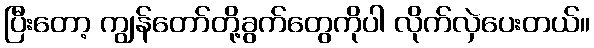
ပြီးတော့ ကျွန်တော်တို့ခွက်တွေကိုပါ လိုက်လှဲပေးတယ်။